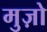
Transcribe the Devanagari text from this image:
मुज़ो